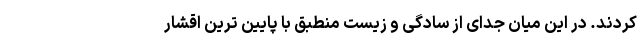
کردند. در این میان جدای از سادگی و زیست منطبق با پایین ترین اقشار